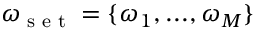
\omega _ { \textrm { s e t } } = \{ \omega _ { 1 } , . . . , \omega _ { M } \}